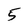
Character: 5